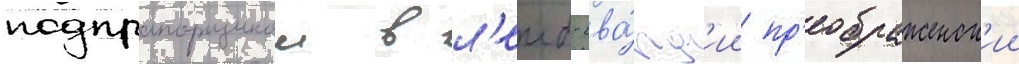
подпрапорщиком в л'еиб-гва́рд'ии пр'еображенск'ии